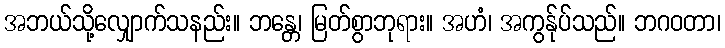
အဘယ်သို့လျှောက်သနည်း။ ဘန္တေ၊ မြတ်စွာဘုရား။ အဟံ၊ အကွန်ုပ်သည်။ ဘဂဝတာ၊